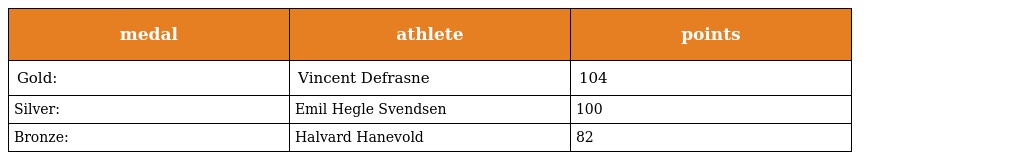
| medal | athlete | points |
 | --- | --- | --- |
 | Gold: | Vincent Defrasne | 104 |
 | Silver: | Emil Hegle Svendsen | 100 |
 | Bronze: | Halvard Hanevold | 82 |